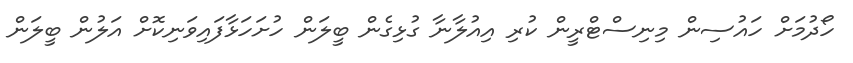
ހޯދުމަށް ހައުސިން މިނިސްޓްރީން ކުރި އިއުލާނާ ގުޅިގެން ބީލަން ހުށަހަޅާފައިވަނިކޮށް އަލުން ބީލަން